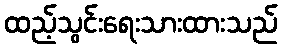
ထည့်သွင်းရေးသားထားသည်